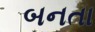
બનતા